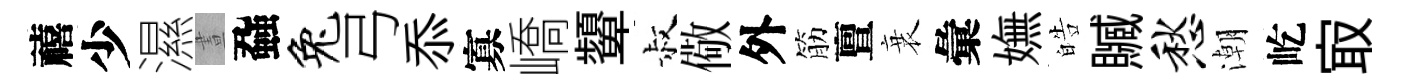
禧少濕晝蝨兔弓忝寡嶠顰叔儆外筋亶衰彙嫵皓贓愁潮屹㝡